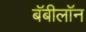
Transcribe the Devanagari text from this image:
बॅबीलॉन